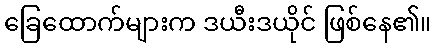
ခြေထောက်များက ဒယီးဒယိုင် ဖြစ်နေ၏။